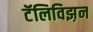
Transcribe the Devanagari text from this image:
टॅलिविझ़न